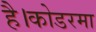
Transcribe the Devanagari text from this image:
है।कोडरमा